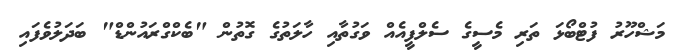
މަޝްހޫރު ފުޓްބޯޅަ ތަރި މެސީގެ ސެލްފީއެއް ވަގުތާއި ހާލަތުގެ ގޮތުން "ބެކްގްރައުންޑް" ބަދަލުވެފައި